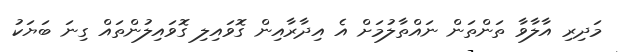
މަދިރި އާލާވާ ތަންތަން ނައްތާލުމަށް އެ އިދާރާއިން ގޮވައިލި ގޮވައިލުންތައް ގިނަ ބަޔަކު